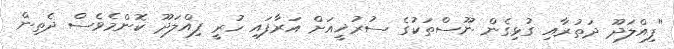
"ފިއްލަދޫ ދަތުރާއި ގުޅިގެން ނޫސްތަކުގެ ސުރުޚީއަށް އަރާފައި ހުރީ ފިއްލަދޫ ކޮންމެވެސް ދެތިން